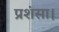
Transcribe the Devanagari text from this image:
प्रशंसा।